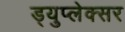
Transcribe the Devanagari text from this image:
ड्युप्लेक्सर